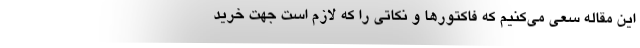
این مقاله سعی می‌کنیم که فاکتورها و نکاتی را که لازم است جهت خرید